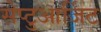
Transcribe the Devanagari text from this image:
सेप्टुआर्जिट